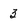
Character: 3